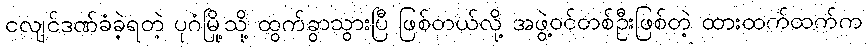
ငလျင်ဒဏ်ခံခဲ့ရတဲ့ ပုဂံမြို့သို့ ထွက်ခွာသွားပြီ ဖြစ်တယ်လို့ အဖွဲ့ဝင်တစ်ဦးဖြစ်တဲ့ ထားထက်ထက်က